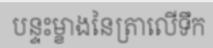
បន្ទះម្ខាងនៃត្រាលើទឹក